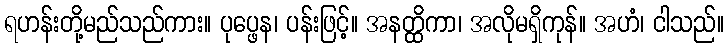
ရဟန်းတို့မည်သည်ကား။ ပုပ္ဖေန၊ ပန်းဖြင့်။ အနတ္ထိကာ၊ အလိုမရှိကုန်။ အဟံ၊ ငါသည်။